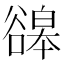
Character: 䜰